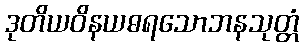
ဒုတိယဝိနယဓရသောဘနသုတ္တံ